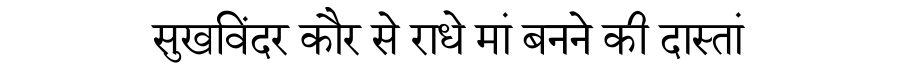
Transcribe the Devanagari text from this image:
सुखविंदर कौर से राधे मां बनने की दास्तां